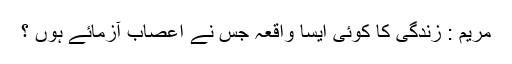
مریم : زندگی کا کوئی ایسا واقعہ جس نے اعصاب آزمائے ہوں ؟